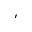
'